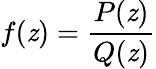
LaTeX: f(\mathit{z})={\frac{{P(\mathit{z})}}{{Q(\mathit{z})}}}